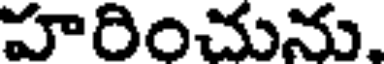
హరించును.